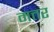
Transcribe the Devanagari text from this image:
मत्तर